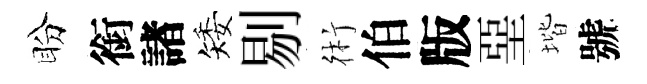
盼銜諸矮剔術伯版堊堦號